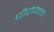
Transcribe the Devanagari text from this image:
धीरोदात्तता